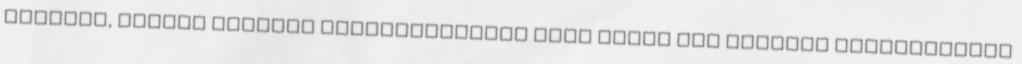
sorolni, milyen abszurd intézkedéseket írna felül egy sikeres kvótaellenes